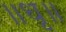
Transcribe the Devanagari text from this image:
॥धृ॥